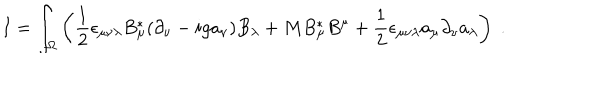
I = \int _ { \Omega } \left( \frac { 1 } { 2 } \epsilon _ { \mu \nu \lambda } B _ { \mu } ^ { * } ( \partial _ { \nu } - i g a _ { \nu } ) B _ { \lambda } + M B _ { \mu } ^ { * } B ^ { \mu } + \frac { 1 } { 2 } \epsilon _ { \mu \nu \lambda } a _ { \mu } \partial _ { \nu } a _ { \lambda } \right) \; .